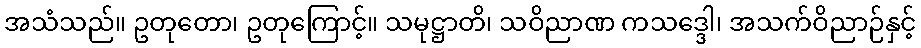
အသံသည်။ ဥတုတော၊ ဥတုကြောင့်။ သမုဋ္ဌာတိ၊ သဝိညာဏ ကသဒ္ဒေါ၊ အသက်ဝိညာဉ်နှင့်